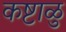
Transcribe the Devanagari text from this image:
कष्टाळु